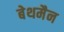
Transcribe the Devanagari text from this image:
बेथमैन